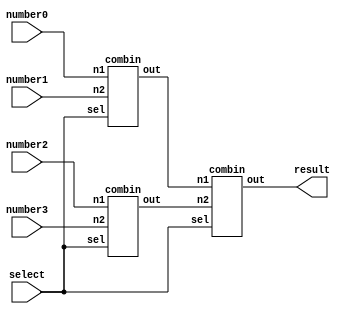
module MMS_4num(result, select, number0, number1, number2, number3);

	input        select;
	input  [7:0] number0;
	input  [7:0] number1;
	input  [7:0] number2;
	input  [7:0] number3;
	output [7:0] result; 
	
	wire	[7:0]task1_out;
	wire	[7:0]task2_out;

	combin task1(number0,number1,select,task1_out);
	combin task2(number2,number3,select,task2_out);
	combin task3(task1_out,task2_out,select,result);
	//assign result = 1'b1;

endmodule



module combin(n1,n2,sel,out);
	input [7:0] n1;
	input [7:0] n2;
	input sel;
	output[7:0] out;
	reg [7:0] out;
	reg [7:0] min;
	reg [7:0] max;
	reg	cmp;
	always@(*)begin
		if(n1<n2)
			cmp = 1'b1;
		else
			cmp = 1'b0;
		case({sel,cmp})
			2'b00:
				out = n1;	
			2'b01:
				out = n2;
			2'b10:
				out = n2;
			2'b11:
				out = n1;
		endcase
	end

endmodule